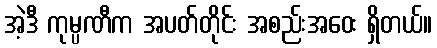
အဲ့ဒီ ကုမ္ပဏီက အပတ်တိုင်း အစည်းအဝေး ရှိတယ်။